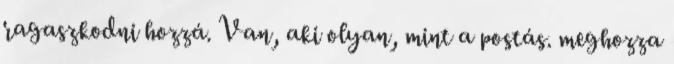
ragaszkodni hozzá. Van, aki olyan, mint a postás. meghozza